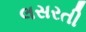
લસરતી